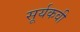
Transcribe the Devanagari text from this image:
सूर्यकवी